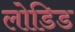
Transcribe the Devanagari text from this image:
लोडिड